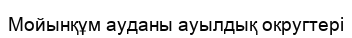
Мойынқұм ауданы ауылдық округтері